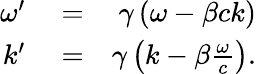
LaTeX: \begin{array}{rlr}{\omega^{\prime}}&{{}=}&{\gamma\left(\omega-\beta ck\right)}\\ {k^{\prime}}&{{}=}&{\gamma\left(k-\beta\frac{\omega}{c}\right).}\end{array}